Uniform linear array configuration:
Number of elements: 8
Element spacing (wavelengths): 0.75
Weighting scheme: cosine
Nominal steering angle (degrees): -60
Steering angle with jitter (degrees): -59.139
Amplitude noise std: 0.05
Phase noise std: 0.05

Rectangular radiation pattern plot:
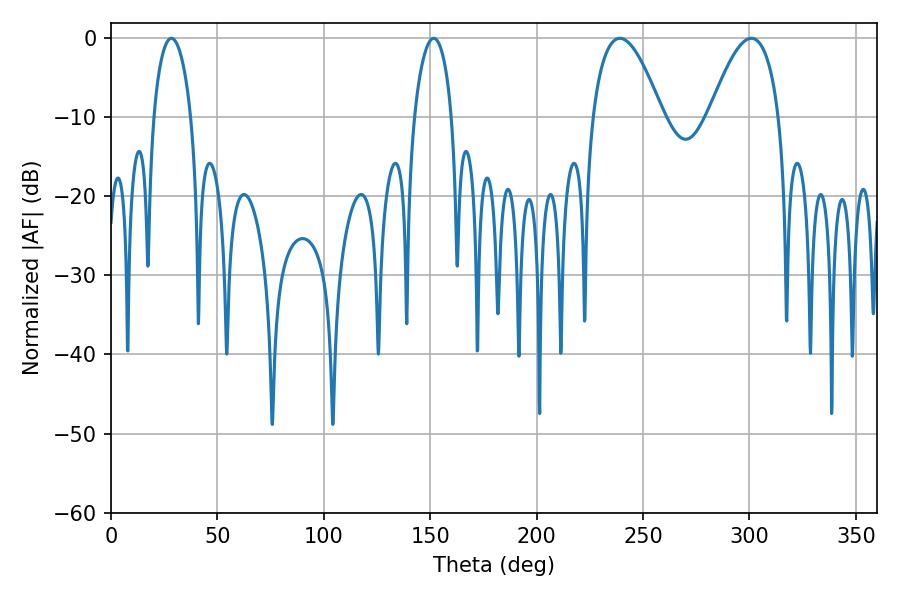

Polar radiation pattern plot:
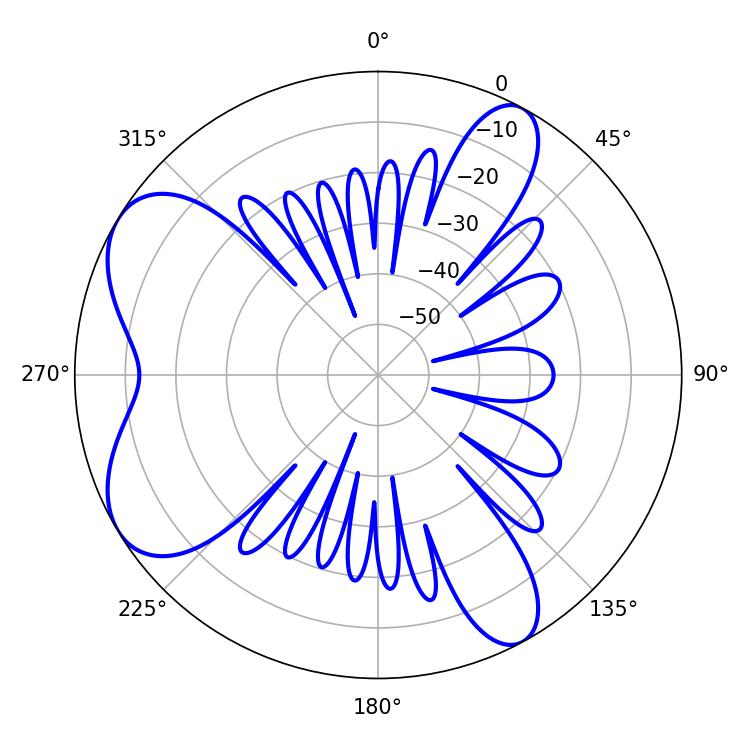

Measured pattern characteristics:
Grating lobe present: TRUE
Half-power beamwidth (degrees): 18
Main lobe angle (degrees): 239.04